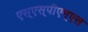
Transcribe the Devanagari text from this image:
एस्‌एस्‌पीएम्‌एस